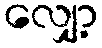
လျှော့